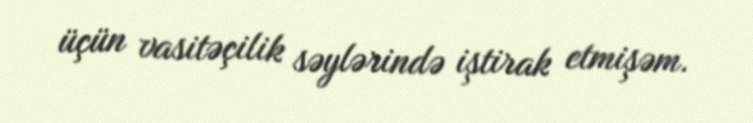
üçün vasitəçilik səylərində iştirak etmişəm.